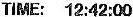
TIME: 12:42:00